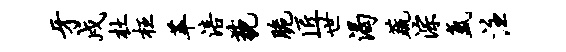
牙戍杜枉萃涪藐脆匠世渴蔬淙氲注